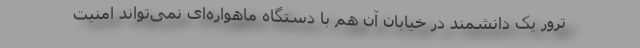
ترور یک دانشمند در خیابان آن هم با دستگاه ماهواره‌ای نمی‌تواند امنیت